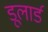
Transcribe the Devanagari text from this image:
डूलार्ड